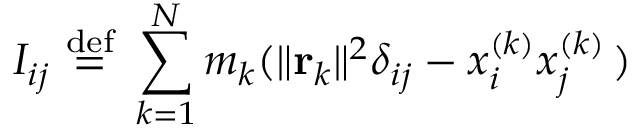
I _ { i j } \ { \stackrel { \mathrm { d e f } } { = } } \ \sum _ { k = 1 } ^ { N } m _ { k } ( \| \mathbf { r } _ { k } \| ^ { 2 } \delta _ { i j } - x _ { i } ^ { ( k ) } x _ { j } ^ { ( k ) } \, )